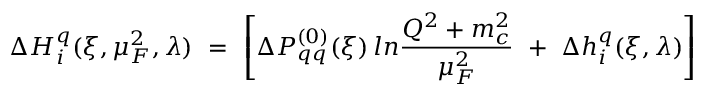
\Delta H _ { i } ^ { q } ( \xi , \mu _ { F } ^ { 2 } , \lambda ) \ = \ \left[ \Delta P _ { q q } ^ { ( 0 ) } ( \xi ) \, l n \frac { Q ^ { 2 } + m _ { c } ^ { 2 } } { \mu _ { F } ^ { 2 } } \ + \ \Delta h _ { i } ^ { q } ( \xi , \lambda ) \right]